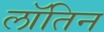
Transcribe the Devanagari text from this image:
लॉतिन